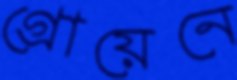
গ্রোয়েনে